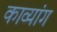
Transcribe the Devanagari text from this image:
काव्यांग